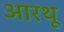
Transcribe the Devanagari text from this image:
आरथू